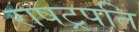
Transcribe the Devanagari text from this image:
राषट्रपति